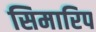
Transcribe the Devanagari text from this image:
सिमारिप